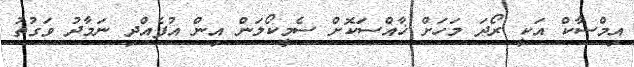
އިމްސާކް އަކީ ރޯދަ މަހަށް ޚާއްސަކޮށް ސެމީކޯލަން އިން އުފެއްދި ނަމާދު ވަގުތު